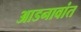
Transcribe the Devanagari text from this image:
आडनावांत